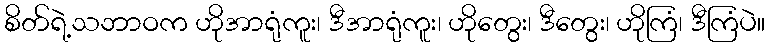
စိတ်ရဲ့သဘာဝက ဟိုအာရုံကူး၊ ဒီအာရုံကူး၊ ဟိုတွေး၊ ဒီတွေး၊ ဟိုကြံ၊ ဒီကြံပဲ။